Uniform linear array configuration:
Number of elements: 48
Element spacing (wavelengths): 0.75
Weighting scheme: blackman
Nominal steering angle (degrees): -30
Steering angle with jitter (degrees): -31.03
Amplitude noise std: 0.05
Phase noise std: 0.05

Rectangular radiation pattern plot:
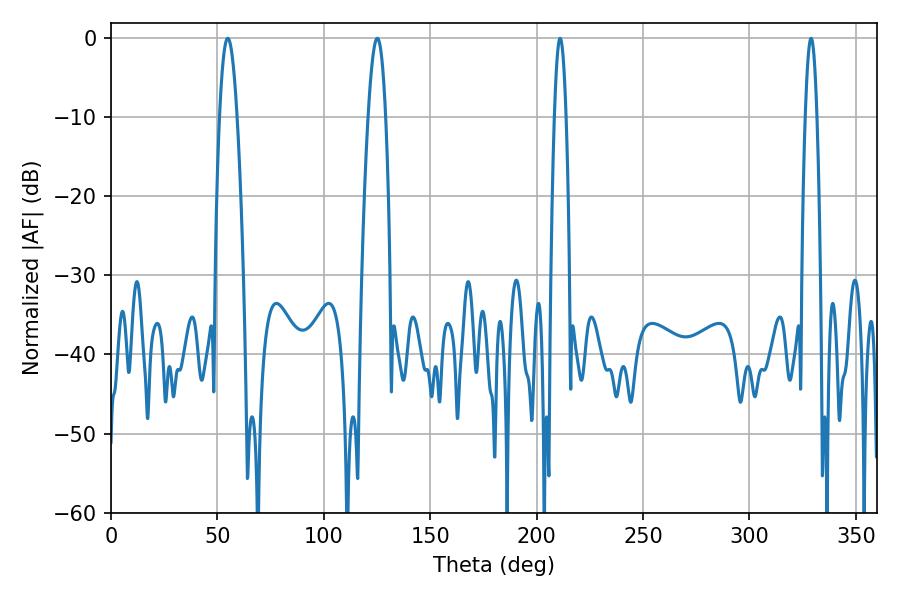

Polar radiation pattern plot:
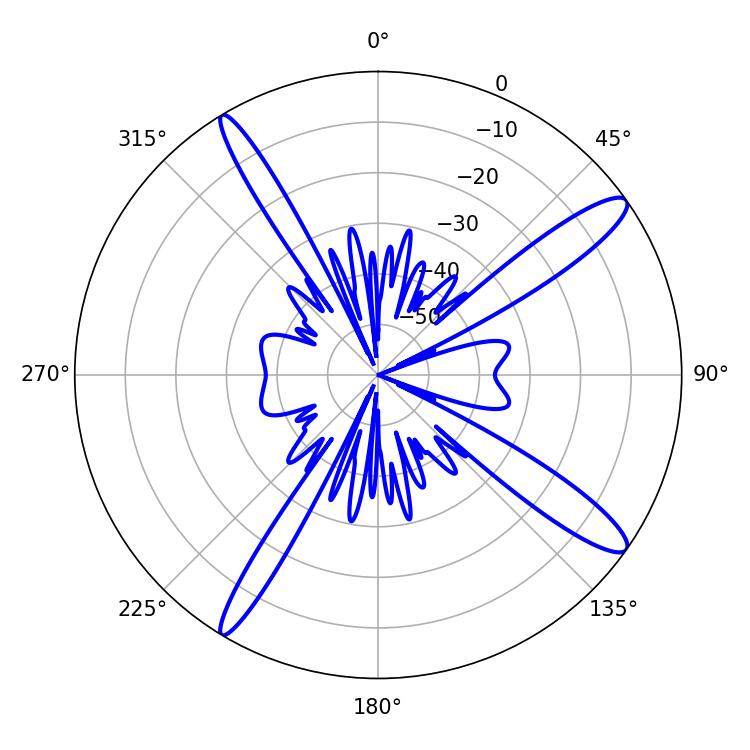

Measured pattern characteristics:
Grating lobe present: TRUE
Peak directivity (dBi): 13.922
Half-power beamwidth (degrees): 4.5
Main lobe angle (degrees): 54.9